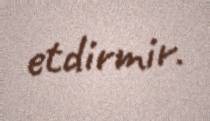
etdirmir.